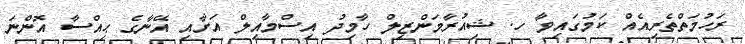
ރަހުމަތްތެރިއެއް ކަމުގައިވާ ހ. ޝިއުރާމަންޒިލް ހާމިދު އިސްމާއިލް އަށާއި އޭނާގެ ޙިއްސާ އޮންނަ